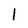
Character: 1